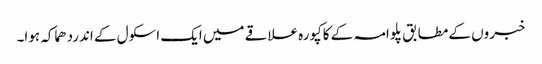
خبروں کے مطابق پلوامہ کے کاکپورہ علاقے میں ایک اسکول کے اندردھماکہ ہوا۔